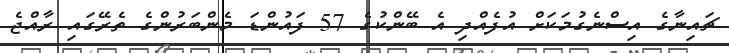
ޗައިނާގެ އިސްނެގުމަކަށް އުފެއްދި އެ ބޭންކުގެ 57 ފައުންޑަ މެންބަރުންގެ ތެރޭގައި ރާއްޖެ